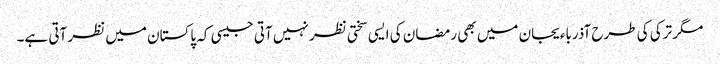
مگر ترکی کی طرح آذرباءیجان میں بھی رمضان کی ایسی سختی نظر نہیں آتی جیسی کہ پاکستان میں نظر آتی ہے۔